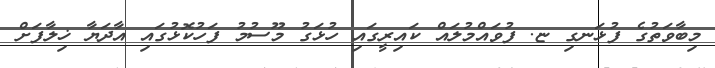
މިބާވަތުގެ ފުޅަނގި ޏ. ފުވައްމުލައް ކައިރީގައި ހުޅަގު މޫސުމު ފަހުކޮޅުގައި އާދަޔާ ޚިލާފަށް